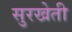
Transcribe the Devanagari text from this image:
सुरखेती